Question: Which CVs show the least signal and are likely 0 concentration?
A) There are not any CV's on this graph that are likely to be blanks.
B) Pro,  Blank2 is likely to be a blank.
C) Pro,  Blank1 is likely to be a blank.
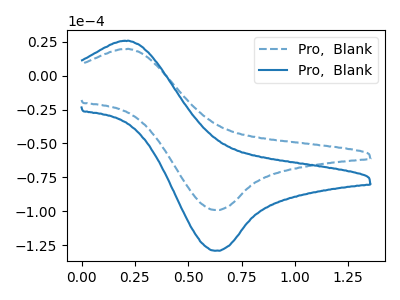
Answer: <think>The blue dashed curve "Pro,  Blank1" has an anodic peak at (0.20V, 19.80uA) and a cathodic peak at (0.60V, -99.15uA). The blue curve "Pro,  Blank2" has an anodic peak at (0.20V, 25.80uA) and a cathodic peak at (0.60V, -129.25uA).</think>
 <answer>A) There are not any CV's on this graph that are likely to be blanks.</answer>
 <eval>A</eval>